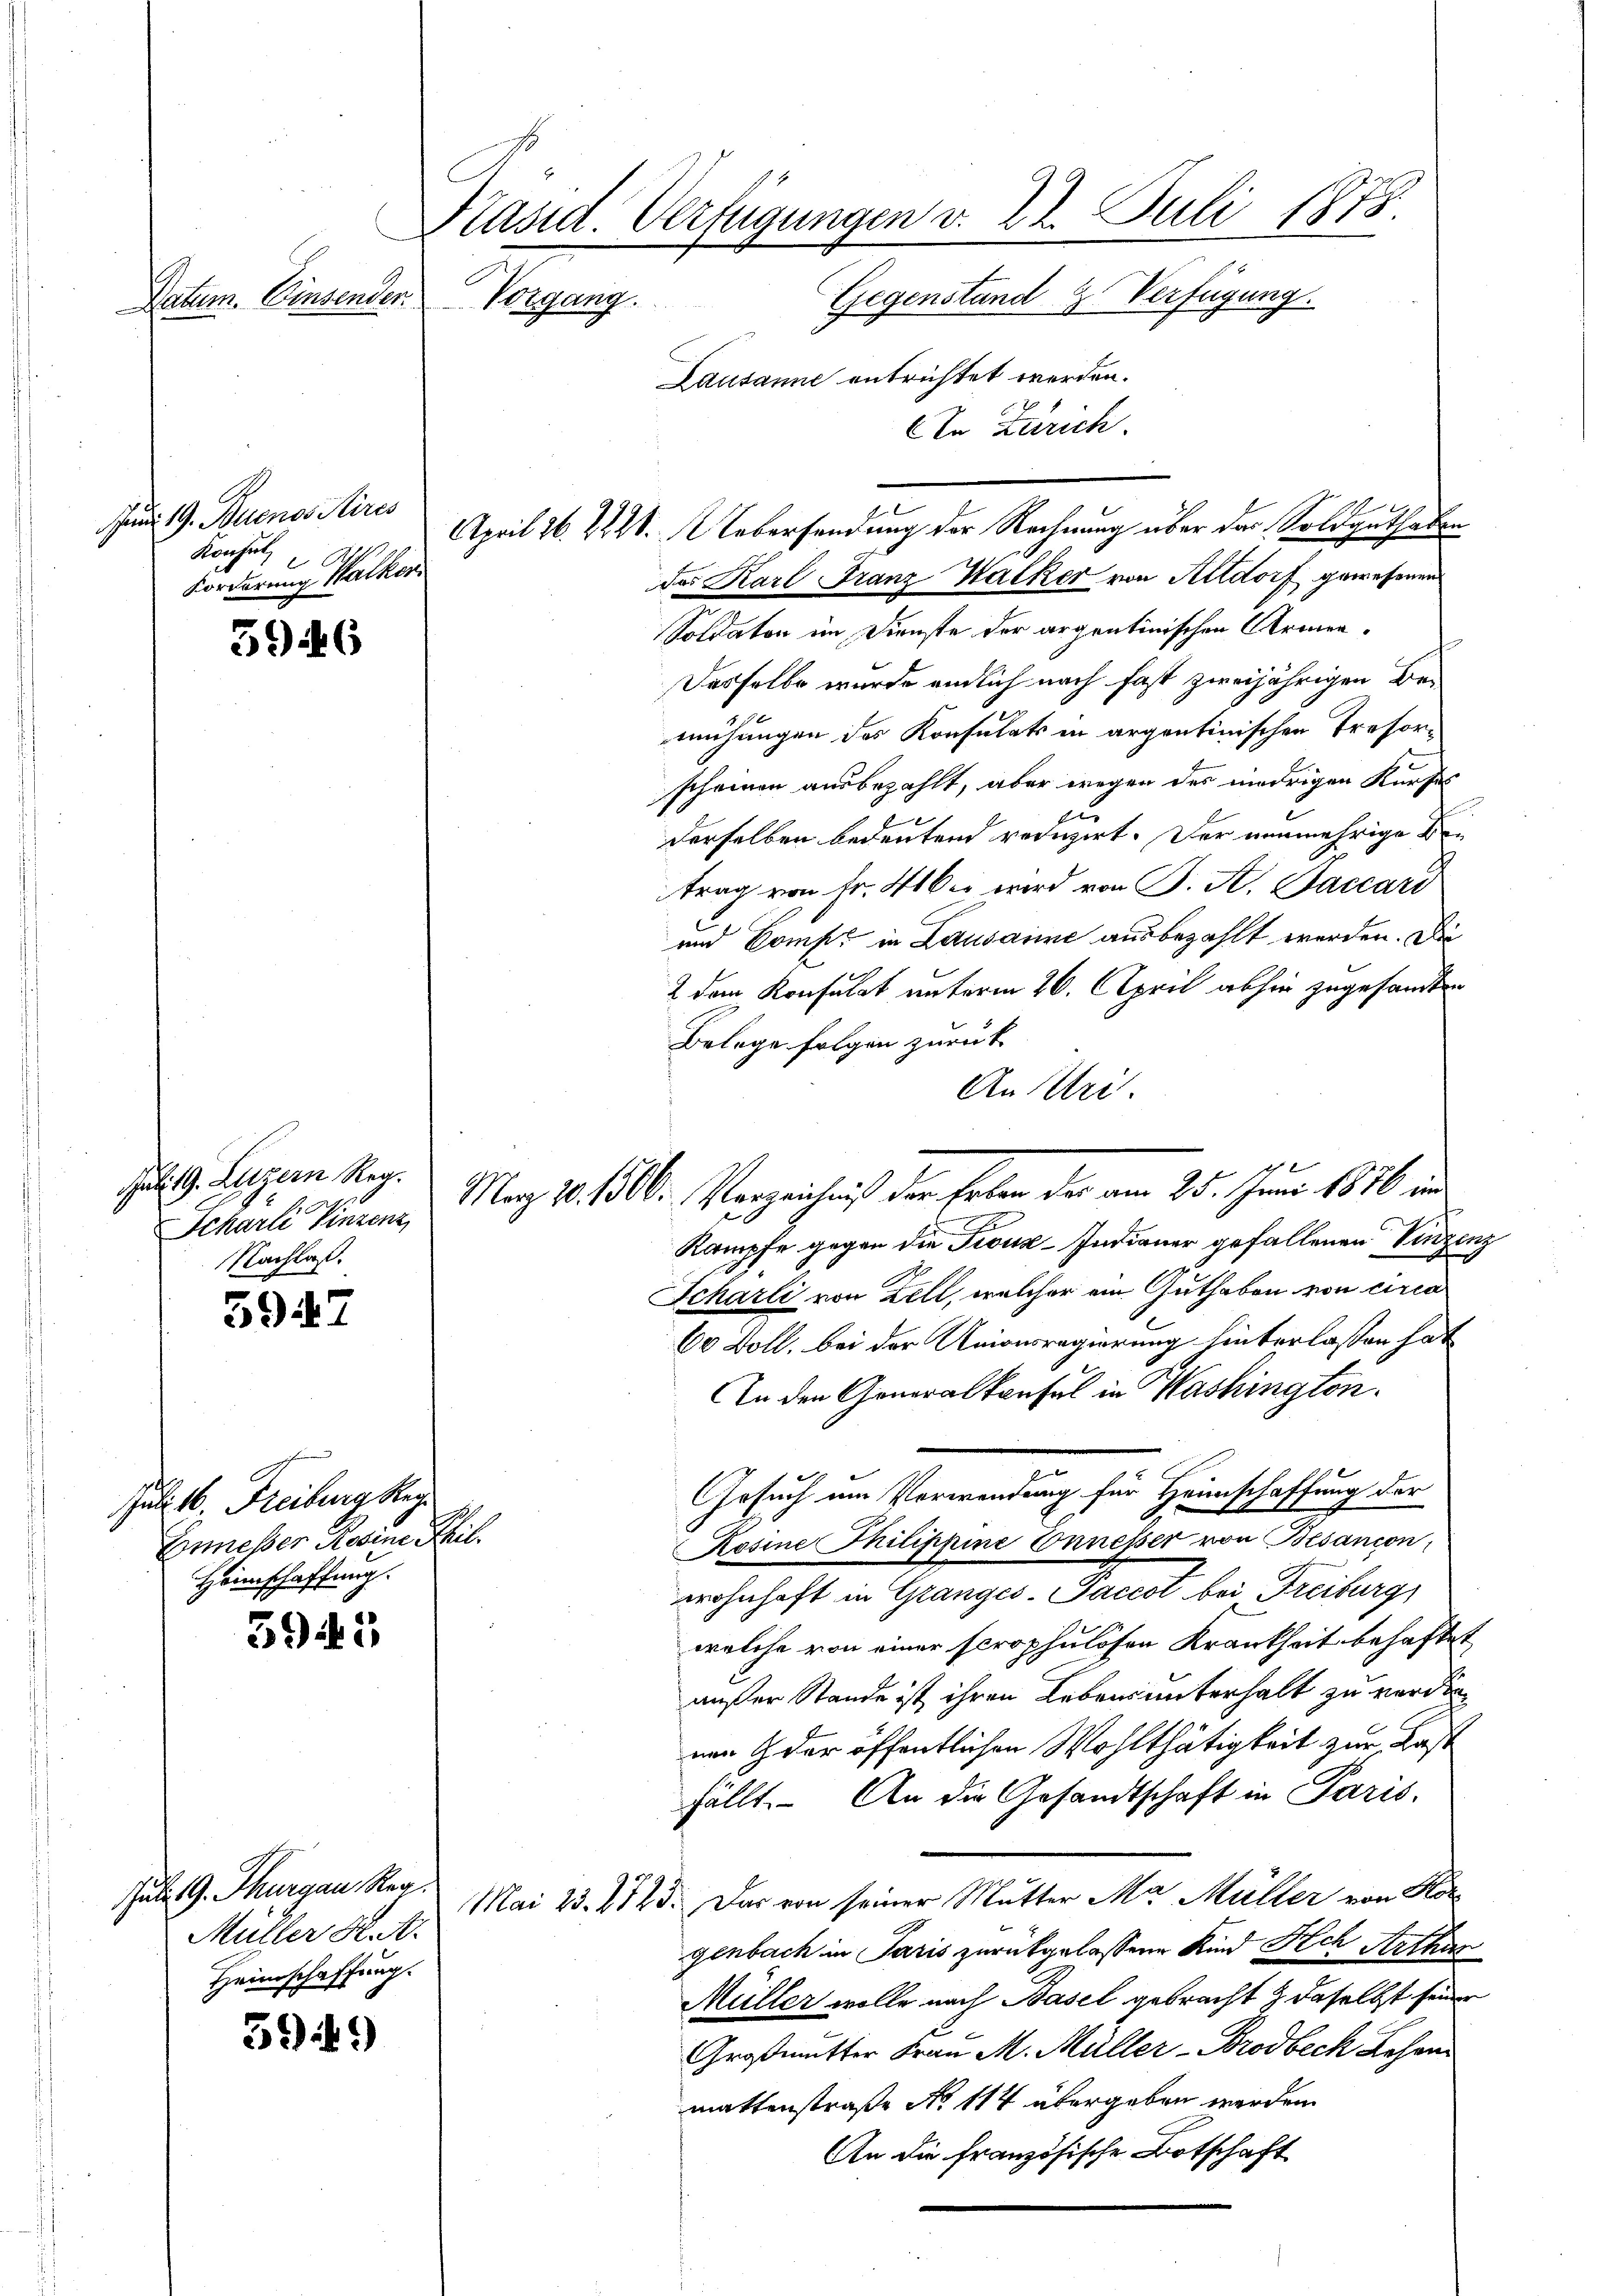
ges.
Datum. Einsender.

Juni 19. Buenos Aires
Konsul
x
Forderung Walker

3946

Jali. G. Luzern Reg.
Nachlaß.

5947

Jul. 16. Freiburg Ke
Ermesser Rosine Phil.
Heimschaffung.

5945

5949)

Juli 19. Thurgau, Reg.
Müller K. A.
Heimschaffung.

Präsid. Verfügungen v. 22. Juli 1878.

Gegenstand. Verfügung.
Lausanne entrichtet werden.
AIn Zürich.
das Karl Franz Kalker von Altdorf gewesenen
Soldaten im Dienste der argentinischen Armen¬
Desselbe wurde endlich nach fast zweijährigen Be-
mühungen des Konsulats in argentinischen Trefor-
scheinen ausbezahlt, aber wegen des niedrigen Kurses
cu
derselben bedeutend reduzirt. Der nunmehrige Betrag von Fr. 416 u. wird von J. A. Jaccari
und Comp. in Lausamme ausbezahlt werden. Die
2 dem Konsulat unterm 26. April abhin zugesandten
Belege folgen zurück
An Uri.
chael Timann, März 10. 1810. Verzeichnis der Erben der am 25. Juni 1846 in
Kampfe gegen die Troux-Indianer gefallenen Vinzenz
Scharli von Zell, welcher ein Guthaben von circa
60 Boll, bei der Unionsregierung hinterlassen hat
An den Generalkonsul in Washington.
Gesuch um Verwendung für Heimschaffung der
Rosine Thilippine Connesser von Besancon
wohnhaft in Granges-Paccoi bei Freiburg
welche von einer scrophulösen Krankheit behaftet
außer Stande ist ihren Lebens unterhalt zu verdin
nen der öffentlichen Wohlthätigkeit zur Last
fällt. An die Gesandtschaft in Paris.
Mai 23. 2123. Das von seiner Mutter Ma Müller von Korgenbach in Paris zurückgelassene Kind Sch Arthur
Müller wolle nach Basel gebracht & daselbst seiner
Großmutter Frau M. Müller-Brodbeck Lehen
mattenstraße No 114 übergeben werden.
An die französische Botschaft

April 26. 222. Uebersendung der Rechnung über das Soldguthaben